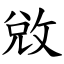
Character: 敓